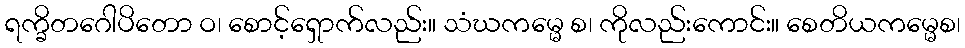
ရက္ခိတဂေါပိတော ဝ၊ စောင့်ရှောက်လည်း။ သံဃကမ္မေ စ၊ ကိုလည်းကောင်း။ စေတိယကမ္မေစ၊